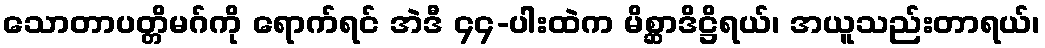
သောတာပတ္တိမဂ်ကို ရောက်ရင် အဲဒီ ၄၄-ပါးထဲက မိစ္ဆာဒိဋ္ဌိရယ်၊ အယူသည်းတာရယ်၊